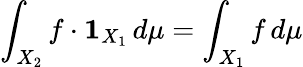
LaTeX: \int_{X_{2}}f\cdot{\mathbf{1}}_{X_{1}}\, d\mu=\int_{X_{1}}f\, d\mu